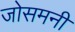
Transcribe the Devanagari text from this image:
जोसमनी